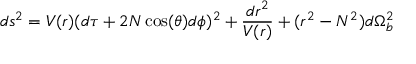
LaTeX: d s ^ { 2 } = V ( r ) ( d \tau + 2 N \cos ( \theta ) d \phi ) ^ { 2 } + \frac { d r ^ { 2 } } { V ( r ) } + ( r ^ { 2 } - N ^ { 2 } ) d \Omega _ { b } ^ { 2 }